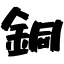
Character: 銅